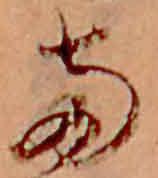
両